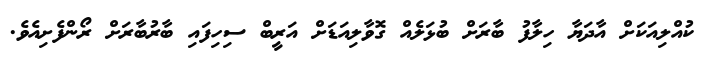
ކުއްލިއަކަށް އާދަޔާ ހިލާފު ބާރަށް ބުޅަލެއް ގޮވާލިއަޑަށް އަރީބް ސިހިފައި ބާރުބާރަށް ރޯންފެށިއެވެ.